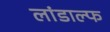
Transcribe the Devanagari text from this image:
लांडाल्फ